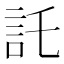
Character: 託